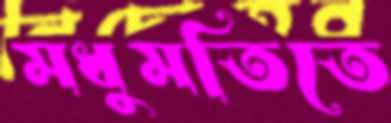
মধুমতিতে